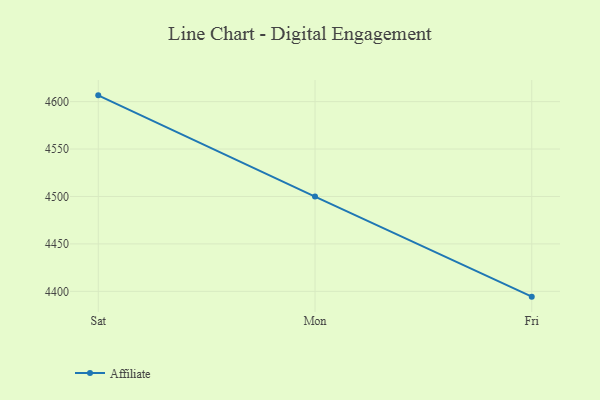
{"axis": {"x": "Day", "y": "Humidity (%)"}, "legend": ["Affiliate"], "data": [{"x": "Sat", "y": 4606.6, "type": "Affiliate"}, {"x": "Mon", "y": 4499.9, "type": "Affiliate"}, {"x": "Fri", "y": 4394.4, "type": "Affiliate"}]}